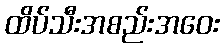
ထိပ်သီးအစည်းအဝေး